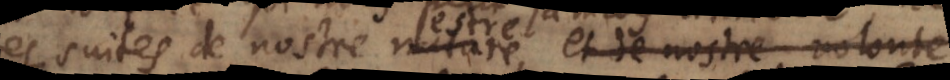
des suites de nostre nature et de nostre volonté